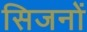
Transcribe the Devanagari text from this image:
सिजनों